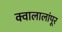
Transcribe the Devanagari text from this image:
क्वालालांपूर